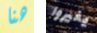
هنا يغيروا